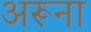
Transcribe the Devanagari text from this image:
अरूना